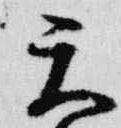
天